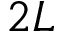
2 L